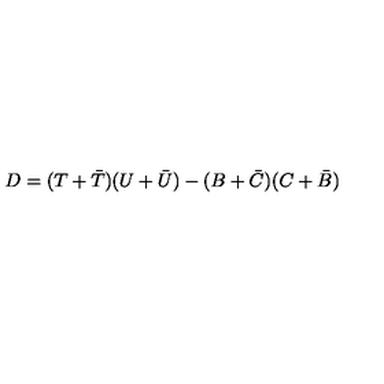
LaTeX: D = ( T + \bar { T } ) ( U + \bar { U } ) - ( B + \bar { C } ) ( C + \bar { B } )